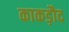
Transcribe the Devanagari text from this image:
काकड़ौद